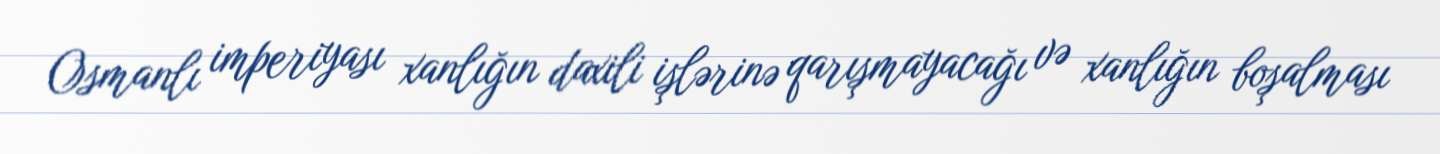
Osmanlı imperiyası xanlığın daxili işlərinə qarışmayacağı və xanlığın boşalması